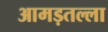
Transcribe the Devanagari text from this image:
आमड़तल्ला